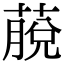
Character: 𦸍